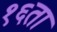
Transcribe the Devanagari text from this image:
१६ता